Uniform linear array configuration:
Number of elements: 64
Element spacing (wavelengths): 0.25
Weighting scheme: cosine
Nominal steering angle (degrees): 60
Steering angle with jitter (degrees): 59.858
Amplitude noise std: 0.05
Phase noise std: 0.05

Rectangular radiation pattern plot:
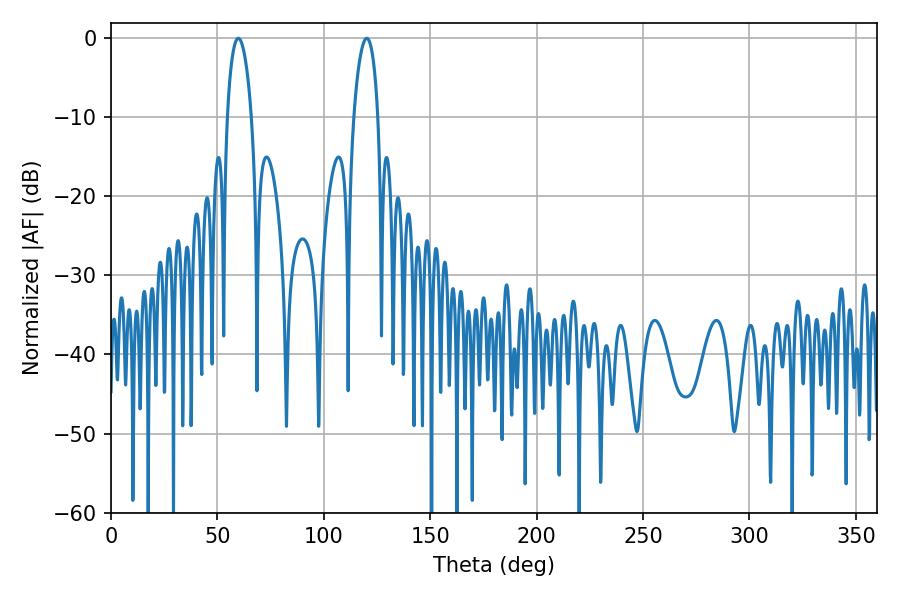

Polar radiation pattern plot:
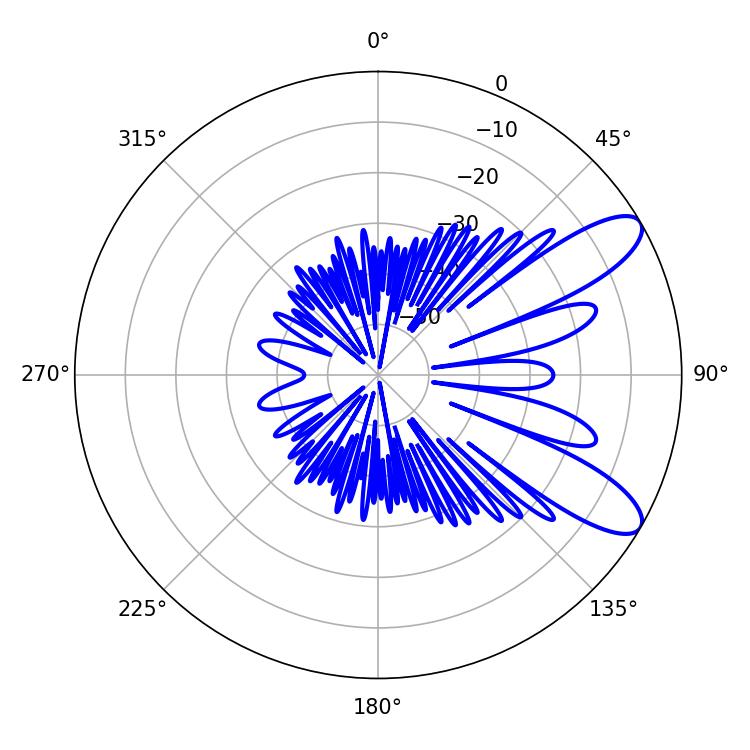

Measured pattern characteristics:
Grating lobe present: FALSE
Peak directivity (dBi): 9.665
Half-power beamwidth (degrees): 6.48
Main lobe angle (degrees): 59.76